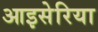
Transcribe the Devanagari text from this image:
आइसेरिया